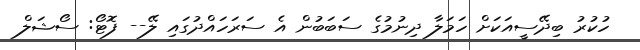
ހުކުރު ބިދޭސީއަކަށް ހަމަލާ ދިނުމުގެ ސަބަބުން އެ ސަރަަހައްދުގައި ލޭ-- ފޮޓޯ: ސޯޝަލް